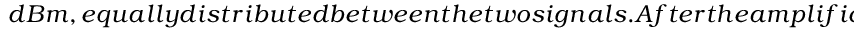
d B m , e q u a l l y d i s t r i b u t e d b e t w e e n t h e t w o s i g n a l s . A f t e r t h e a m p l i f i c a t i o n , t h e t w o s i g n a l s a r e i n j e c t e d i n a p h a s e m o d u l a t o r ( P M 1 ) . P M 1 i s d r i v e n b y a s i n u s o i d a l r a d i o - f r e q u e n c y s i g n a l ( f r e q u e n c y